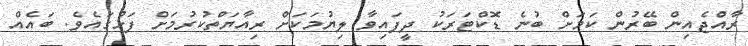
ރާއްޖެއިން ބޭރުން ކަމަށް ބުނެ ޑޮކްޓަރަކު ދީފައިވާ ލިޔުމަކަށް ރިއާޔަތްކުރުމަށް ފަހުގައެވެ. ބައެއް